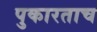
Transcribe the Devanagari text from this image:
पुकारताच